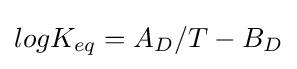
logK_{eq}=A_{D}/T-B_{D}